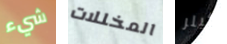
شيء المخللات كيلر